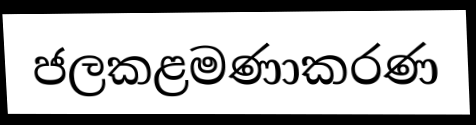
ජලකළමණාකරණ